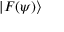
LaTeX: | F ( \psi ) \rangle